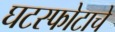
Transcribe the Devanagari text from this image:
घटस्फोटाचे